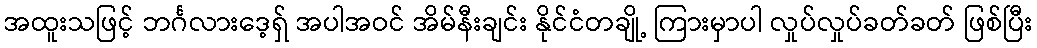
အထူးသဖြင့် ဘင်္ဂလားဒေ့ရှ် အပါအဝင် အိမ်နီးချင်း နိုင်ငံတချို့ ကြားမှာပါ လှုပ်လှုပ်ခတ်ခတ် ဖြစ်ပြီး